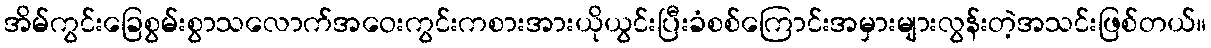
အိမ်ကွင်းခြေစွမ်းစွာသလောက်အဝေးကွင်းကစားအားယိုယွင်းပြီးခံစစ်ကြောင်းအမှားများလွန်းတဲ့အသင်းဖြစ်တယ်။